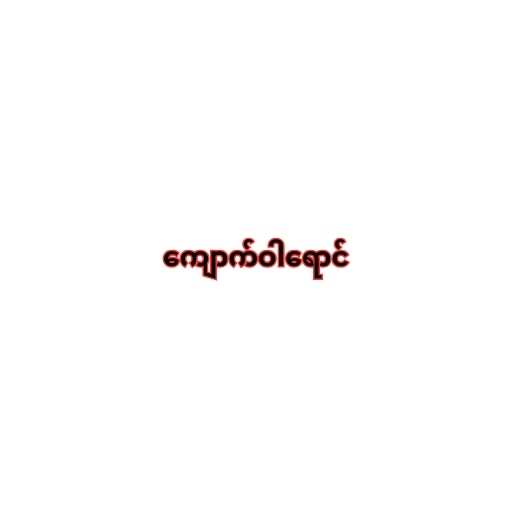
ကျောက်ဝါရောင်